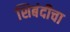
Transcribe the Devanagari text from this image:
शिबंदीचा